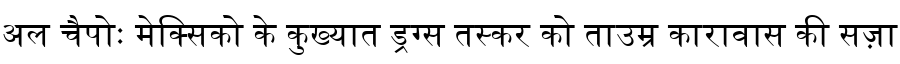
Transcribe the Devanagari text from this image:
अल चैपोः मेक्सिको के कुख्यात ड्रग्स तस्कर को ताउम्र कारावास की सज़ा